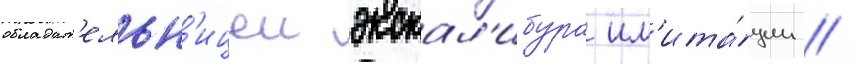
обладат'ельн'ицеи экскал'ибура им'ита́ции //